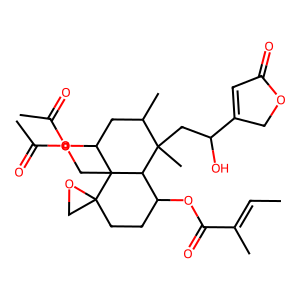
SMILES: CC=C(C)C(=O)OC1CCC2(CO2)C2(COC(C)=O)C(OC(C)=O)CC(C)C(C)(CC(O)C3=CC(=O)OC3)C12
Inhibits HIV replication: No